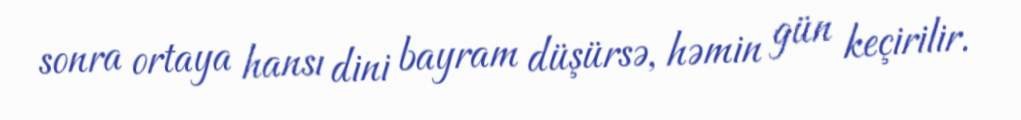
sonra ortaya hansı dini bayram düşürsə, həmin gün keçirilir.